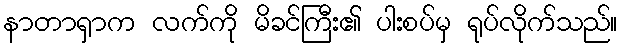
နာတာရှာက လက်ကို မိခင်ကြီး၏ ပါးစပ်မှ ရုပ်လိုက်သည်။